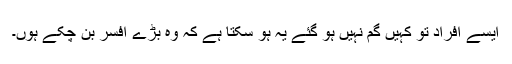
ایسے افراد تو کہیں گم نہیں ہو گئے یہ ہو سکتا ہے کہ وہ بڑے افسر بن چکے ہوں۔